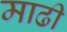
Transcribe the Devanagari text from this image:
माढी